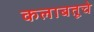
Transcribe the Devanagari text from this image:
कलाबतूचे